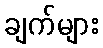
ချက်များ